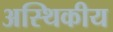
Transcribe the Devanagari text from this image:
अस्थिकीय